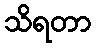
သိရတာ